Report of the King Institute of Preventive Medicine, Guindy
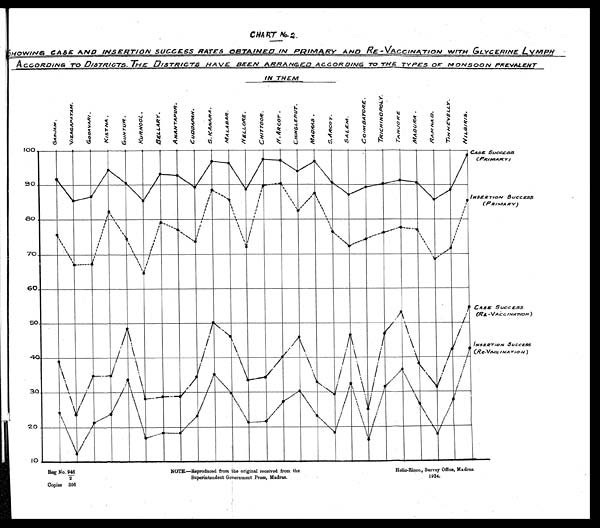
Helio-Zinco. Survey Office, Madras.
1924.
Reg No. 946
/ 2
Copies 306
NOTE.—Reproduced from the original received from the
Superintendent Government Press, Madras.
CART No 2 .
S HOWING CASE AND INSERTION SUCCESS RATES OBTAINED IN PRIMARY AND RE-VACCINATION WITH GLYCERINE LYMPH
A CCORDING To DISTRICTS. THE DISTRICTS HAVE BEEN ARRANGED ACCORDING T O
T H E T Y P E S
O F M O N S O O N
PREVALENT
IN THEM